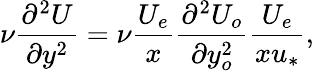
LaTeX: \nu\frac{\partial^{2}U}{\partial y^{2}}=\nu\frac{U_{e}}{x}\frac{\partial^{2}U_{o}}{\partial y_{o}^{2}}\frac{U_{e}}{xu_{*}},